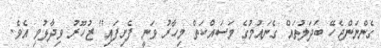
ގެންނަންޖެހޭ ބަދަލުތައް ގެނައުމުގެ މަސައްކަތް މިހާރު ވަނީ ފެށިފައި" ޒުހޫރު ވިދާޅުވި އެވެ.